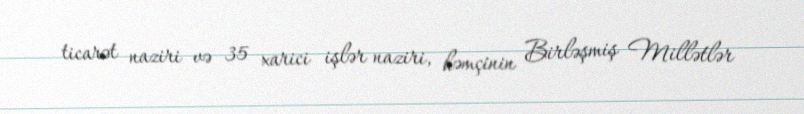
ticarət naziri və 35 xarici işlər naziri, həmçinin Birləşmiş Millətlər